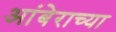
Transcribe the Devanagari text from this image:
आंबेराच्या